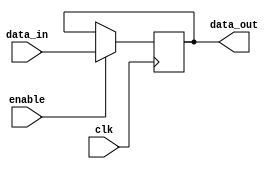
module hold_condition (
    input wire clk,           // Clock signal
    input wire enable,        // Enable signal for updating the state
    input wire [7:0] data_in, // Input data to update state
    output reg [7:0] data_out // Output data holding the state
);

    // Initial state
    initial begin
        data_out = 8'b0; // Initialize state to zero
    end

    always @(posedge clk) begin
        // Check the enable signal for hold condition
        if (enable) begin
            data_out <= data_in; // Update state with input data when enabled
        end
        // If enable is low, hold the current state (do nothing)
    end

endmodule